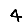
Digit: 4